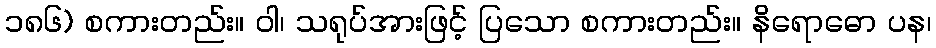
၁၈၆) စကားတည်း။ ဝါ၊ သရုပ်အားဖြင့် ပြသော စကားတည်း။ နိရောဓော ပန၊